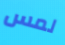
لمس